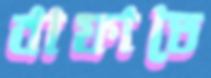
বাফাতে